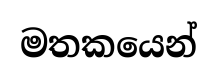
මතකයෙන්